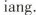
iang.